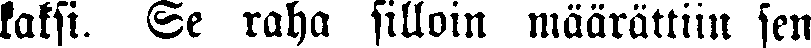
kaksi. Se raha silloin määrättiin sen